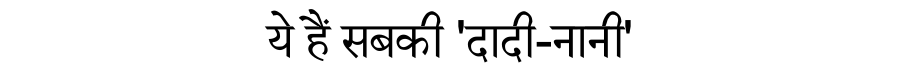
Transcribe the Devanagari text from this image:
ये हैं सबकी 'दादी-नानी'